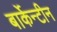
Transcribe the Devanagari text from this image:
बार्केन्टीन